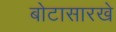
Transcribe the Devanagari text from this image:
बोटासारखे